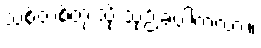
သစ်တစ်တုံးသို့ သုဉ်းခဲ့ပါကလား။